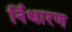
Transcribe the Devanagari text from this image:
र्निधारण